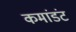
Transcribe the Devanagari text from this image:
कमांडंट